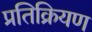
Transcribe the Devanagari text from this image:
प्रतिक्रियण